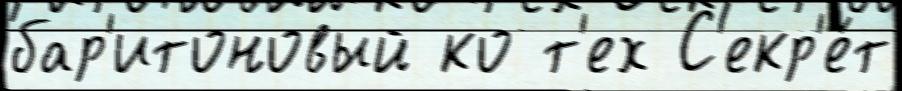
бар'итоновый ко т'ех С'екр'е́т